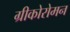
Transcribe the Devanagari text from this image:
ग्रीकोरोमन